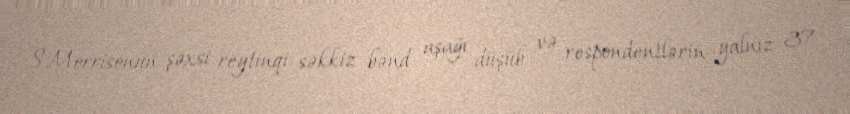
S.Morrisonun şəxsi reytinqi səkkiz bənd aşağı düşüb və respondentlərin yalnız 37